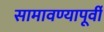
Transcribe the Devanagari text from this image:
सामावण्यापूर्वी